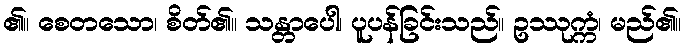
၏။ စေတသော၊ စိတ်၏။ သန္တာပေါ၊ ပူပန်ခြင်းသည်။ ဥဿုက္ကံ၊ မည်၏။